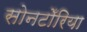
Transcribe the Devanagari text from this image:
सोनटोँरिया